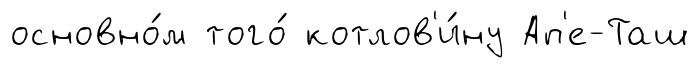
основно́м того́ котлов'и́ну Ап'е-Таш